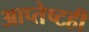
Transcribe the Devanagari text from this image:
आप्तेष्टही